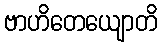
ဗာဟိတေယျောတိ